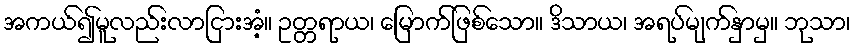
အကယ်၍မူလည်းလာငြားအံ့။ ဥတ္တရာယ၊ မြောက်ဖြစ်သော။ ဒိသာယ၊ အရပ်မျက်နှာမှ။ ဘုသာ၊